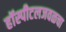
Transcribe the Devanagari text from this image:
हॉस्पीटलजवळचा